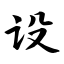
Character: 设